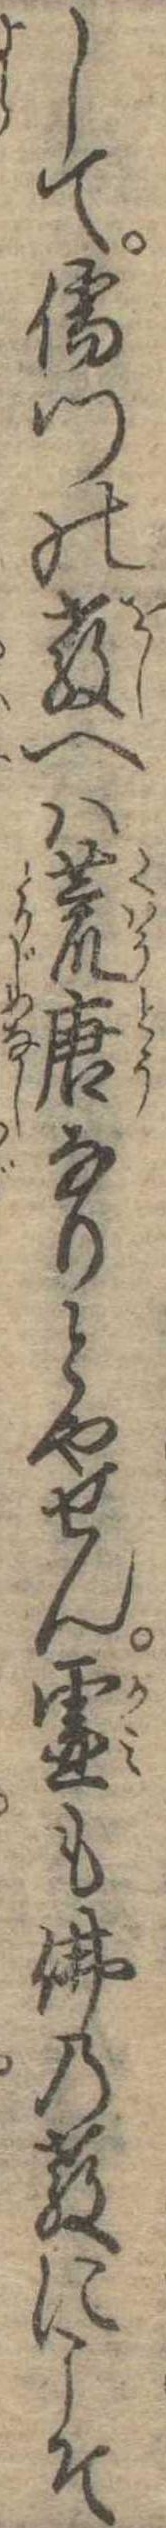
して儒門の教へは荒唐なりとやせん霊も仏の教にこそ